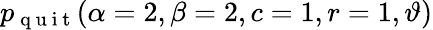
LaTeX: \displaystyle p_{\mathrm{~q~u~i~t~}}(\alpha=2,\beta=2,c=1,r=1,\vartheta)